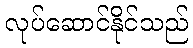
လုပ်ဆောင်နိုင်သည်